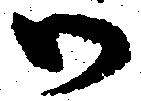
御